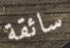
سائقة